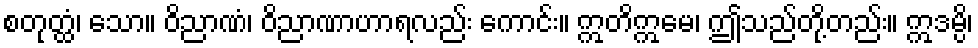
စတုတ္ထံ၊ သော။ ဝိညာဏံ၊ ဝိညာဏာဟာရလည်း ကောင်း။ ဣတိဣမေ၊ ဤသည်တို့တည်း။ ဣဒမ္ပိ၊